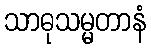
သာဓုသမ္မတာနံ